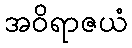
အဝိရာဇယံ